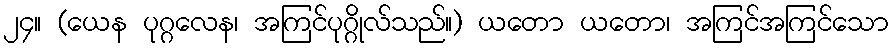
၂၄။ (ယေန ပုဂ္ဂလေန၊ အကြင်ပုဂ္ဂိုလ်သည်။) ယတော ယတော၊ အကြင်အကြင်သော